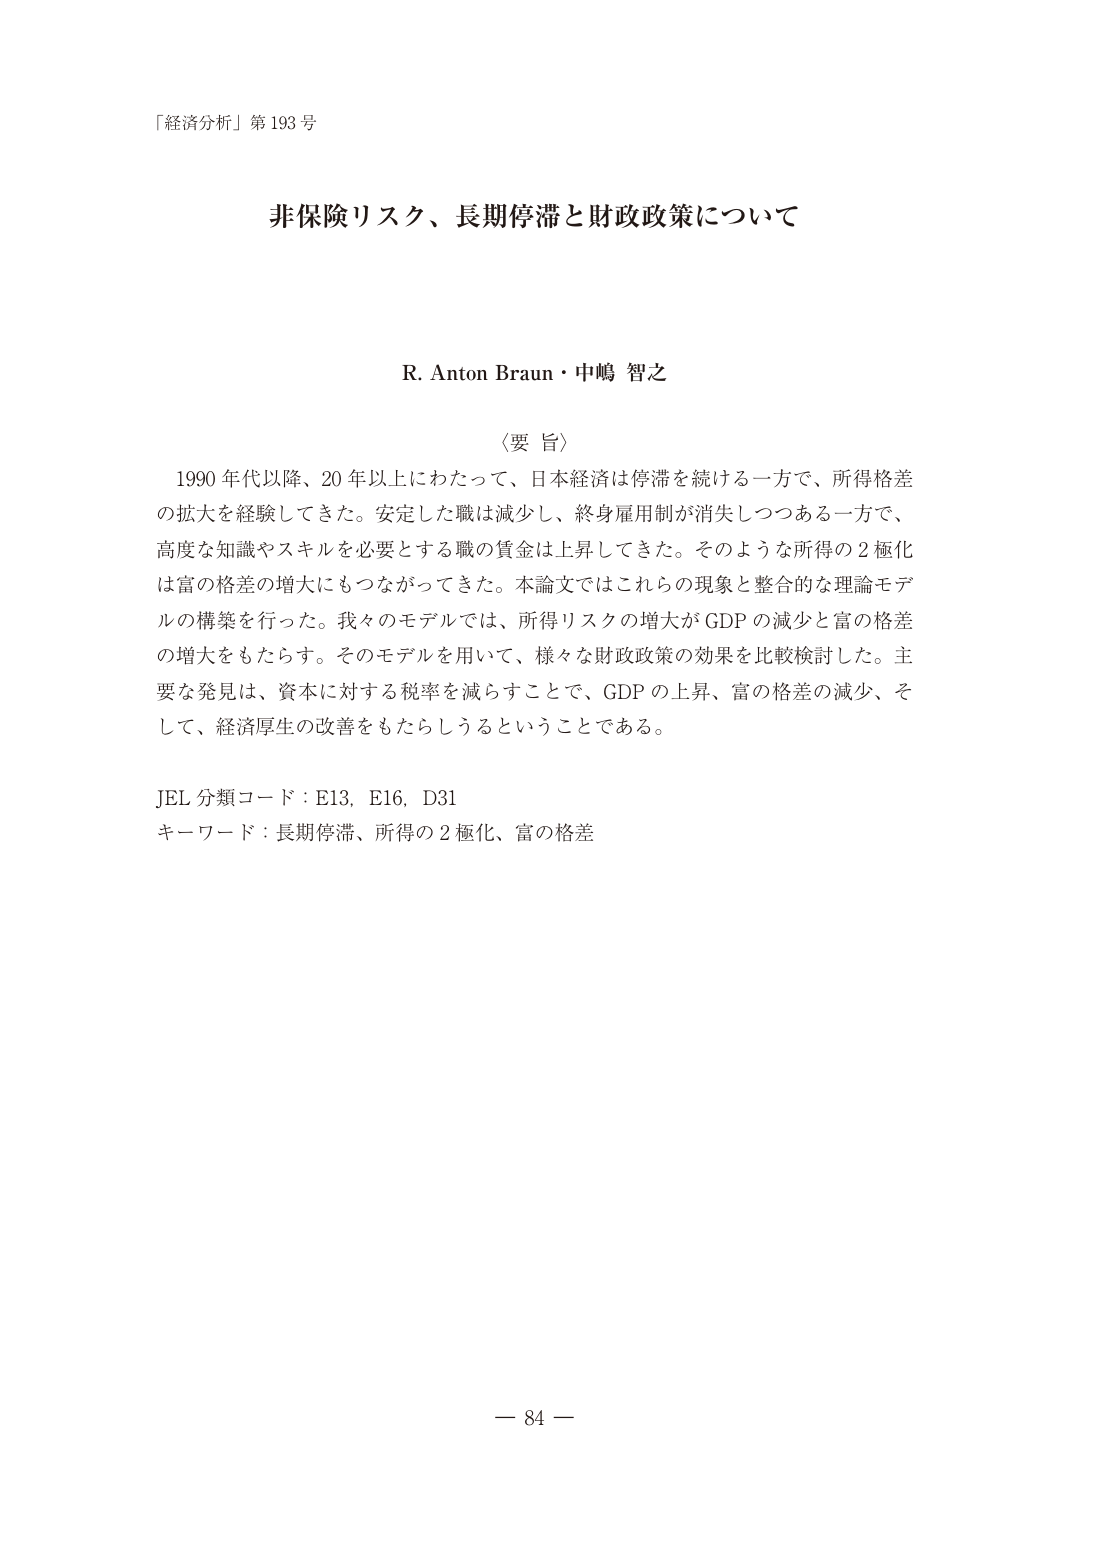
「経済分析」第193号

非保険リスク、長期停滞と財政政策について

R. Anton Braun・中嶋 智之

〈要旨〉
1990年代以降、20年以上にわたって、日本経済は停滞を続ける一方で、所得格差の拡大を経験してきた。安定した職は減少し、終身雇用制が消失しつつある一方で、高度な知識やスキルを必要とする職の賃金は上昇してきた。そのような所得の2極化は富の格差の増大にもつながってきた。本論文ではこれらの現象と整合的な理論モデルの構築を行った。我々のモデルでは、所得リスクの増大がGDPの減少と富の格差の増大をもたらす。そのモデルを用いて、様々な財政政策の効果を比較検討した。主要な発見は、資本に対する税率を減らすことで、GDPの上昇、富の格差の減少、そして、経済厚生の改善をもたらしうるということである。

JEL分類コード：E13, E16, D31
キーワード：長期停滞、所得の2極化、富の格差

－ 84 －